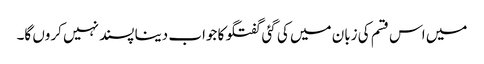
میں اس قسم کی زبان میں کی گئی گفتگو کا جواب دینا پسند نہیں کروں گا۔